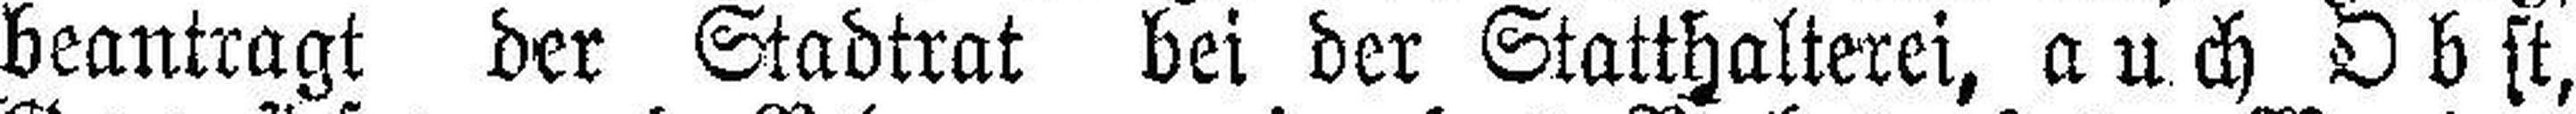
beantragt der Stadtrat bei der Statthalterei, auch Obst,